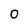
Character: 0